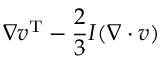
\nabla \boldsymbol { v } ^ { \mathrm { T } } - \frac { 2 } { 3 } \boldsymbol { I } ( \nabla \cdot \boldsymbol { v } )